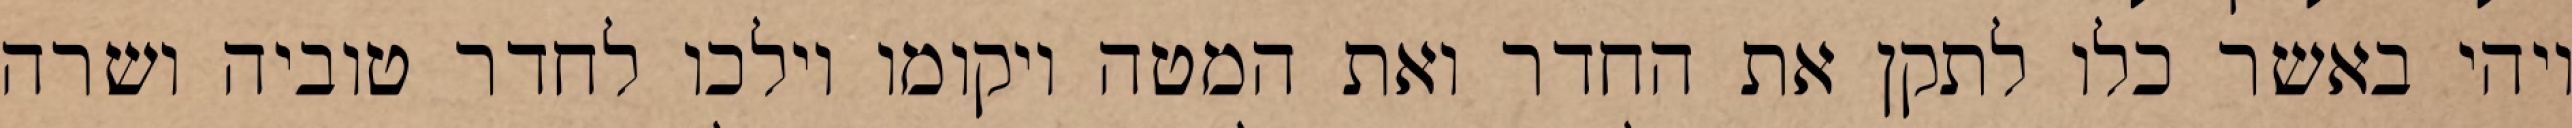
ויהי באשר כלו לתקן את החדר ואת המטה ויקומו וילכו לחדר טוביה ושרה